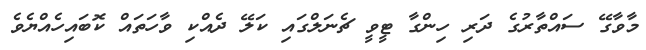
މާވާގޭ ސައްތާރުގެ ދަރި ހިންގާ ޓީވީ ޗެނަލްގައި ކަލޭ ދެއްކި ވާހަތައް ކޮބައިހެއްޔެވެ